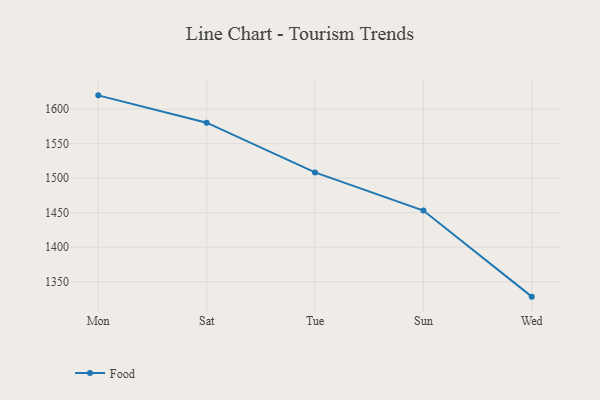
{"axis": {"x": "Day", "y": "Satisfaction Score"}, "legend": ["Food"], "data": [{"x": "Mon", "y": 1620.0, "type": "Food"}, {"x": "Sat", "y": 1580.4, "type": "Food"}, {"x": "Tue", "y": 1508.4, "type": "Food"}, {"x": "Sun", "y": 1453.2, "type": "Food"}, {"x": "Wed", "y": 1328.5, "type": "Food"}]}